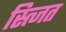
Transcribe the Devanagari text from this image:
स्त्जित